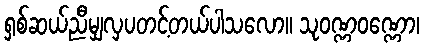
ရှစ်ဆယ်ညီမျှလှပတင့်တယ်ပါသလော။ သုဝဏ္ဏဝဏ္ဏော၊